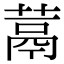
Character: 蒚